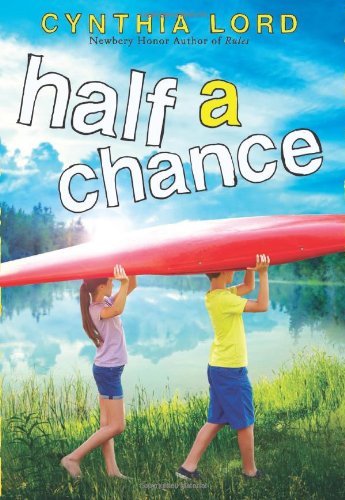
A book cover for Half a Chance; Cynthia Lord; Children's Books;